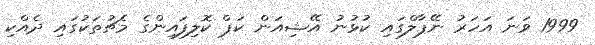
1999 ވަނަ އަހަރު ނޭޕާލްގައި ކުޅުނު އޭޝިއަން ކަޕް ކޮލިފައިންގެ މެޗުތަކުގައި ދެއްކި